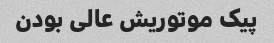
پیک موتوریش عالی بودن